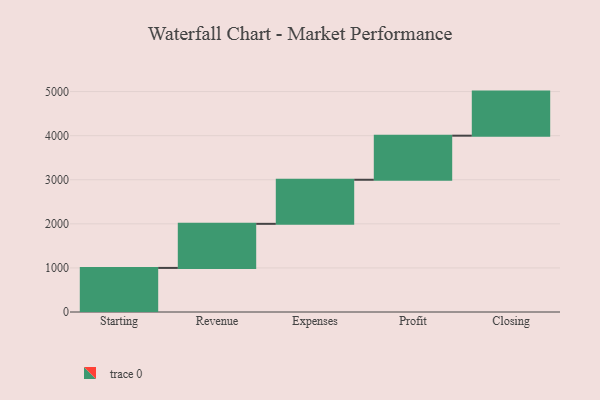
{"axis": {"x": "Step", "y": "Value"}, "legend": [""], "data": [{"x": "Starting", "y": 1000, "type": ""}, {"x": "Revenue", "y": 1000, "type": ""}, {"x": "Expenses", "y": 1000, "type": ""}, {"x": "Profit", "y": 1000, "type": ""}, {"x": "Closing", "y": 1000, "type": ""}]}